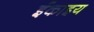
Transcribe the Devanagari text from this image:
ईकाइय